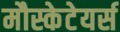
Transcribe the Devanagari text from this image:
मौस्केटेयर्स